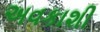
અવકાશી